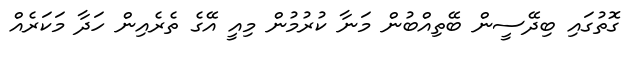
ގޮތުގައި ބިދޭސީން ބޭތިއްބުން މަނާ ކުރުމުން މިއީ އޭގެ ތެރެއިން ހަދާ މަކަރެއް